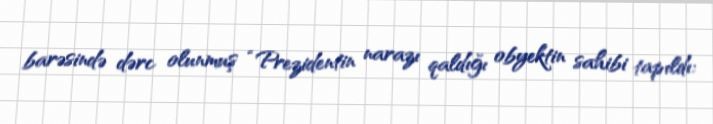
barəsində dərc olunmuş “Prezidentin narazı qaldığı obyektin sahibi tapıldı;